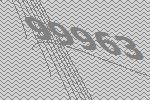
99963